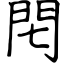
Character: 𨳍